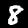
Digit: 8